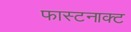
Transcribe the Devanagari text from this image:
फास्टनाक्ट